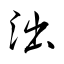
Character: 泏